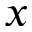
x